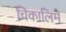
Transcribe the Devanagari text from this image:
चिकालिम